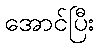
အောင်ပြီး